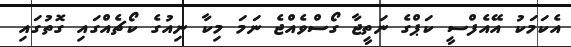
އެކަމަކު އޭއެފްސީ ކަޕްގެ ނަތީޖާ ގޯސްވެއްޖެ ނަަަމަ މިކާ ނިއުގެ ކޯޗެއްގައި ގޮތުގައި